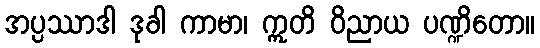
အပ္ပဿာဒါ ဒုခါ ကာမာ၊ ဣတိ ဝိညာယ ပဏ္ဍိတော။